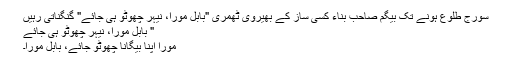
سورج طلوع ہونے تک بیگم صاحب بناء کسی ساز کے بھیروی ٹھمری "بابُل مورا، نیہر چھُوٹو ہی جائے" گنگناتی رہیں
" بابُل مورا، نیہر چھُوٹو ہی جائے
مورا اَپنا بیگانا چھُوٹو جائے، بابُل مورا۔